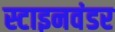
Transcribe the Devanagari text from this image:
स्टाइनवंडर